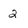
Character: 2